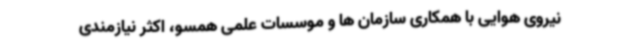
نیروی هوایی با همکاری سازمان ها و موسسات علمی همسو، اکثر نیازمندی